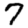
Digit: 7